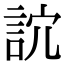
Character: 䛎